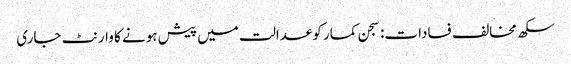
سکھ مخالف فسادات: سجن کمار کوعدالت میں پیش ہونے کا وارنٹ جاری